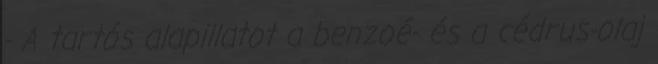
- A tartós alapillatot a benzoé- és a cédrus-olaj